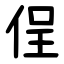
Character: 侱